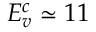
E _ { v } ^ { c } \simeq 1 1